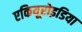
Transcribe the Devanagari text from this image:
एकियूरोइडिया